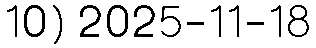
10) 2025-11-18